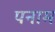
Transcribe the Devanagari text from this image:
पनाम